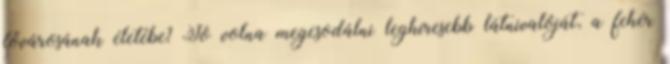
fővárosának életébe? Jó volna megcsodálni leghíresebb látnivalóját, a fehér